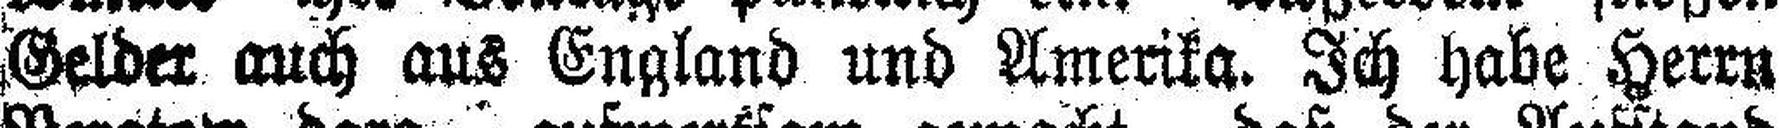
Gelder auch aus England und Amerika. Ich habe Herrn